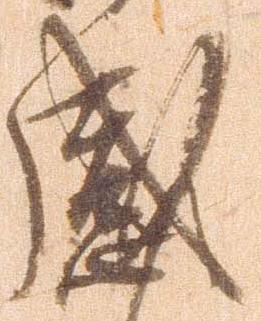
感